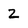
Character: 2